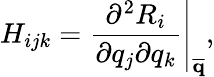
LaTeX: H_{ijk}=\left.\frac{\partial^{2}R_{i}}{\partial q_{j}\partial q_{k}}\right|_{\mathbf{\overline{{q}}}},